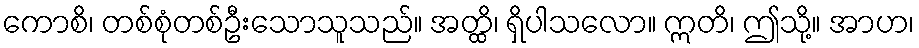
ကောစိ၊ တစ်စုံတစ်ဦးသောသူသည်။ အတ္ထိ၊ ရှိပါသလော။ ဣတိ၊ ဤသို့။ အာဟ၊